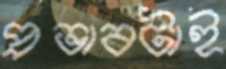
প্রভাবটাই